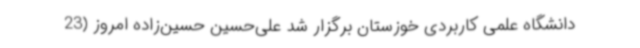
دانشگاه علمی کاربردی خوزستان برگزار شد علی‌حسین حسین‌زاده امروز (23